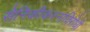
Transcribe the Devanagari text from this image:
सैनिकीकरनाविरोधी